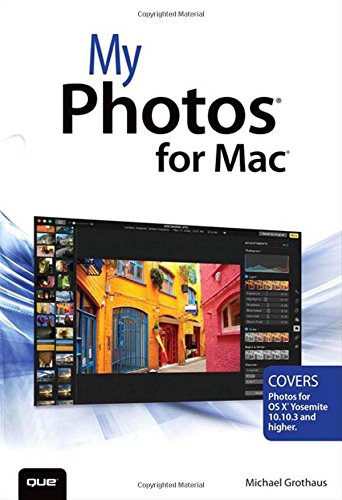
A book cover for My Photos for Mac; Michael Grothaus; Arts & Photography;